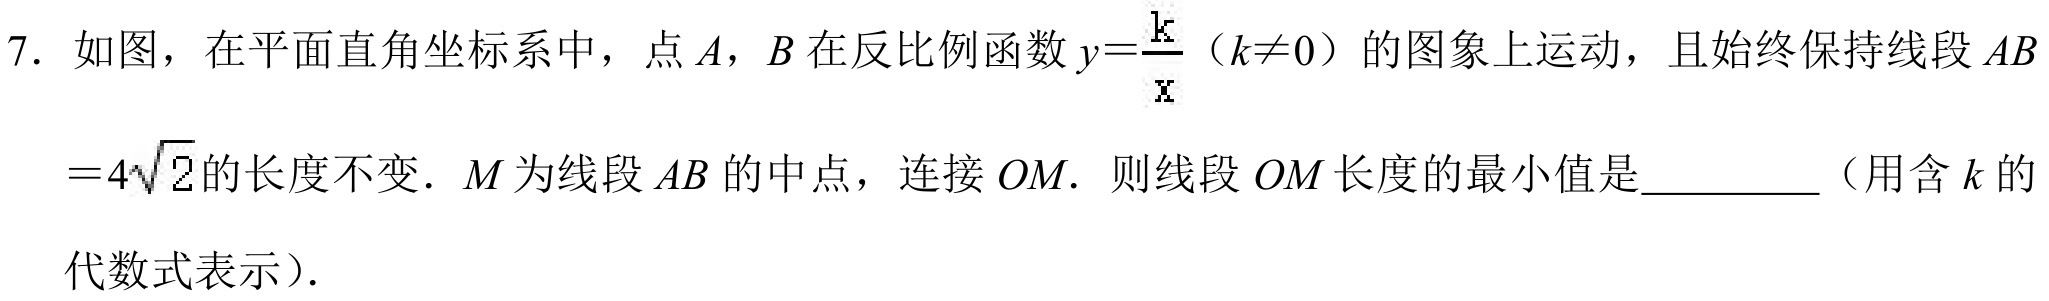
7. 如图，在平面直角坐标系中，点 \(A\)，\(B\) 在反比例函数 \(y = \frac{k}{x}\)（\(k\neq0\)）的图象上运动，且始终保持线段 \(AB = 4\sqrt{2}\)的长度不变．\(M\) 为线段 \(AB\) 的中点，连接 \(OM\)．则线段 \(OM\) 长度的最小值是________（用含 \(k\) 的代数式表示）.